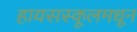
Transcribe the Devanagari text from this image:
हायसस्कूलमधून